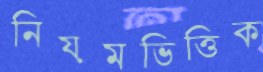
নিয়মভিত্তিক